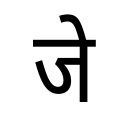
OCR:
जे